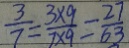
\frac { 3 } { 7 } = \frac { 3 \times 9 } { 7 \times 9 } = \frac { 2 7 } { 6 3 }